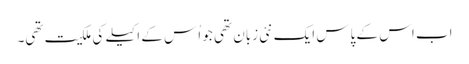
اب اس کے پاس ایک نئی زبان تھی جو اُس کے اکیلے کی ملکیت تھی۔